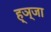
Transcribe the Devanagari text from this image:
ह्ञ्जा